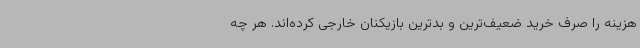
هزینه را صرف خرید ضعیف‌ترین و بدترین بازیکنان خارجی کرده‌اند. هر چه